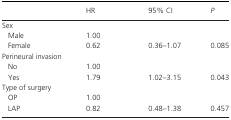
<table><thead><tr><td></td><td><b>HR</b></td><td><b>95% CI</b></td><td><b><i>P</i></b></td></tr></thead><tbody><tr><td colspan="4">Sex</td></tr><tr><td>Male</td><td>1.00</td><td></td><td></td></tr><tr><td>Female</td><td>0.62</td><td>0.36–1.07</td><td>0.085</td></tr><tr><td colspan="4">Perineural invasion</td></tr><tr><td>No</td><td>1.00</td><td></td><td></td></tr><tr><td>Yes</td><td>1.79</td><td>1.02–3.15</td><td>0.043</td></tr><tr><td colspan="4">Type of surgery</td></tr><tr><td>OP</td><td>1.00</td><td></td><td></td></tr><tr><td>LAP</td><td>0.82</td><td>0.48–1.38</td><td>0.457</td></tr></tbody></table>